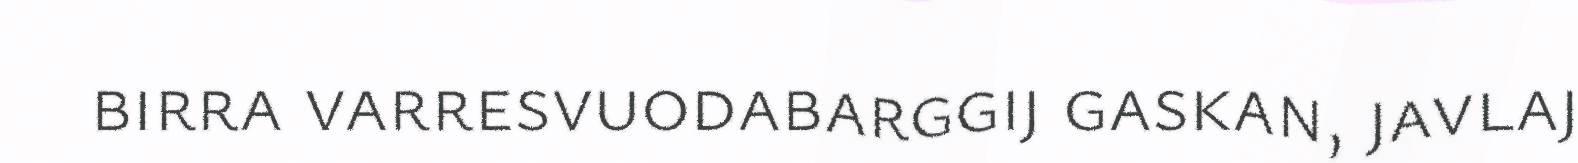
birra varresvuodabarggij gaskan, javlaj